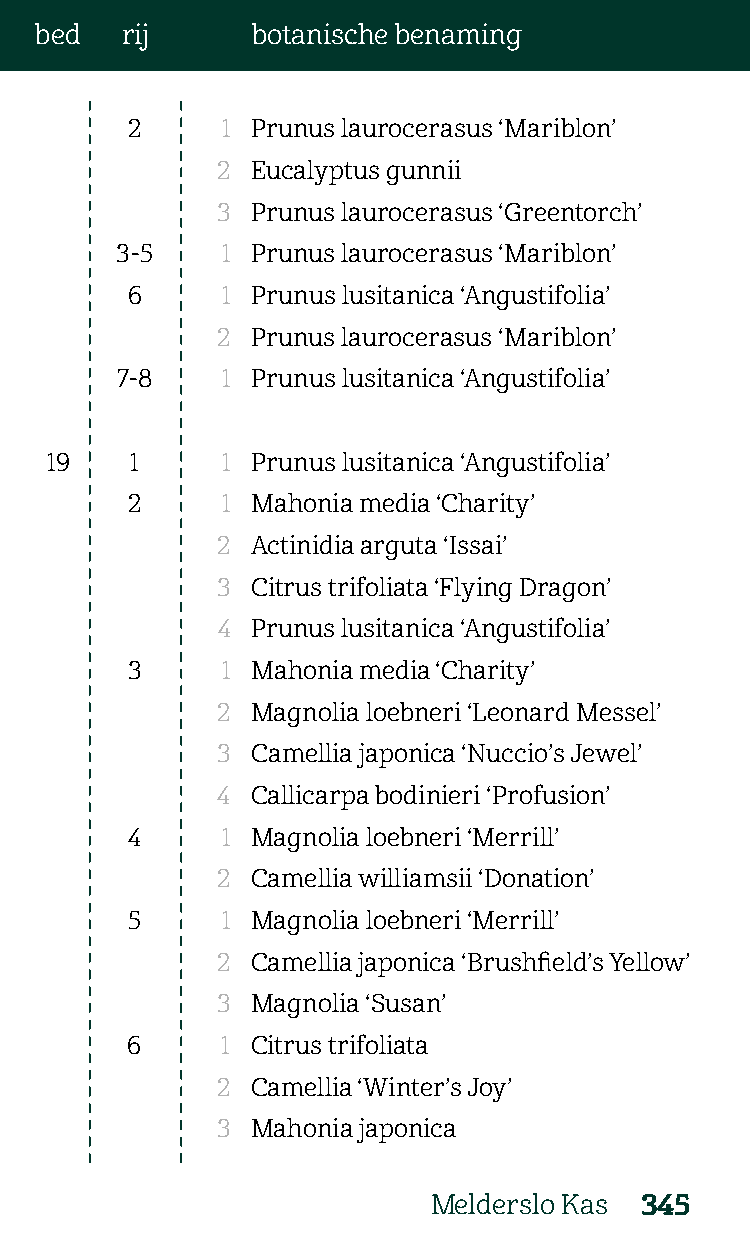
bed   rij      botanische benaming
 2      1 Prunus laurocerasus ‘Mariblon’
 2  Eucalyptus gunnii
 3  Prunus laurocerasus ‘Greentorch’
 3-5    1 Prunus laurocerasus ‘Mariblon’
 6      1 Prunus lusitanica ‘Angustifolia’
 2  Prunus laurocerasus ‘Mariblon’
 7-8    1 Prunus lusitanica ‘Angustifolia’
 19    1     1 Prunus lusitanica ‘Angustifolia’
 2      1 Mahonia media ‘Charity’
 2  Actinidia arguta ‘Issai’
 3  Citrus trifoliata ‘Flying Dragon’
 4  Prunus lusitanica ‘Angustifolia’
 3      1 Mahonia media ‘Charity’
 2  Magnolia loebneri ‘Leonard Messel’
 3  Camellia japonica ‘Nuccio’s Jewel’
 4  Callicarpa bodinieri ‘Profusion’
 4      1 Magnolia loebneri ‘Merrill’
 2  Camellia williamsii ‘Donation’
 5      1 Magnolia loebneri ‘Merrill’
 2  Camellia japonica ‘Brushfield’s Yellow’
 3  Magnolia ‘Susan’
 6      1 Citrus trifoliata
 2  Camellia ‘Winter’s Joy’
 3  Mahonia japonica
 Melderslo Kas 345